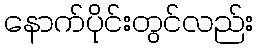
နောက်ပိုင်းတွင်လည်း